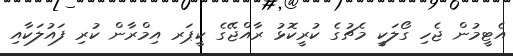
އެޓީމުން ޖެހި ގޯލަކީ މެޗުގެ ކުރީކޮޅު ރާއްޖޭގެ ކީޕަރ އިމްރާން ކުރި ފައުލަކާއި